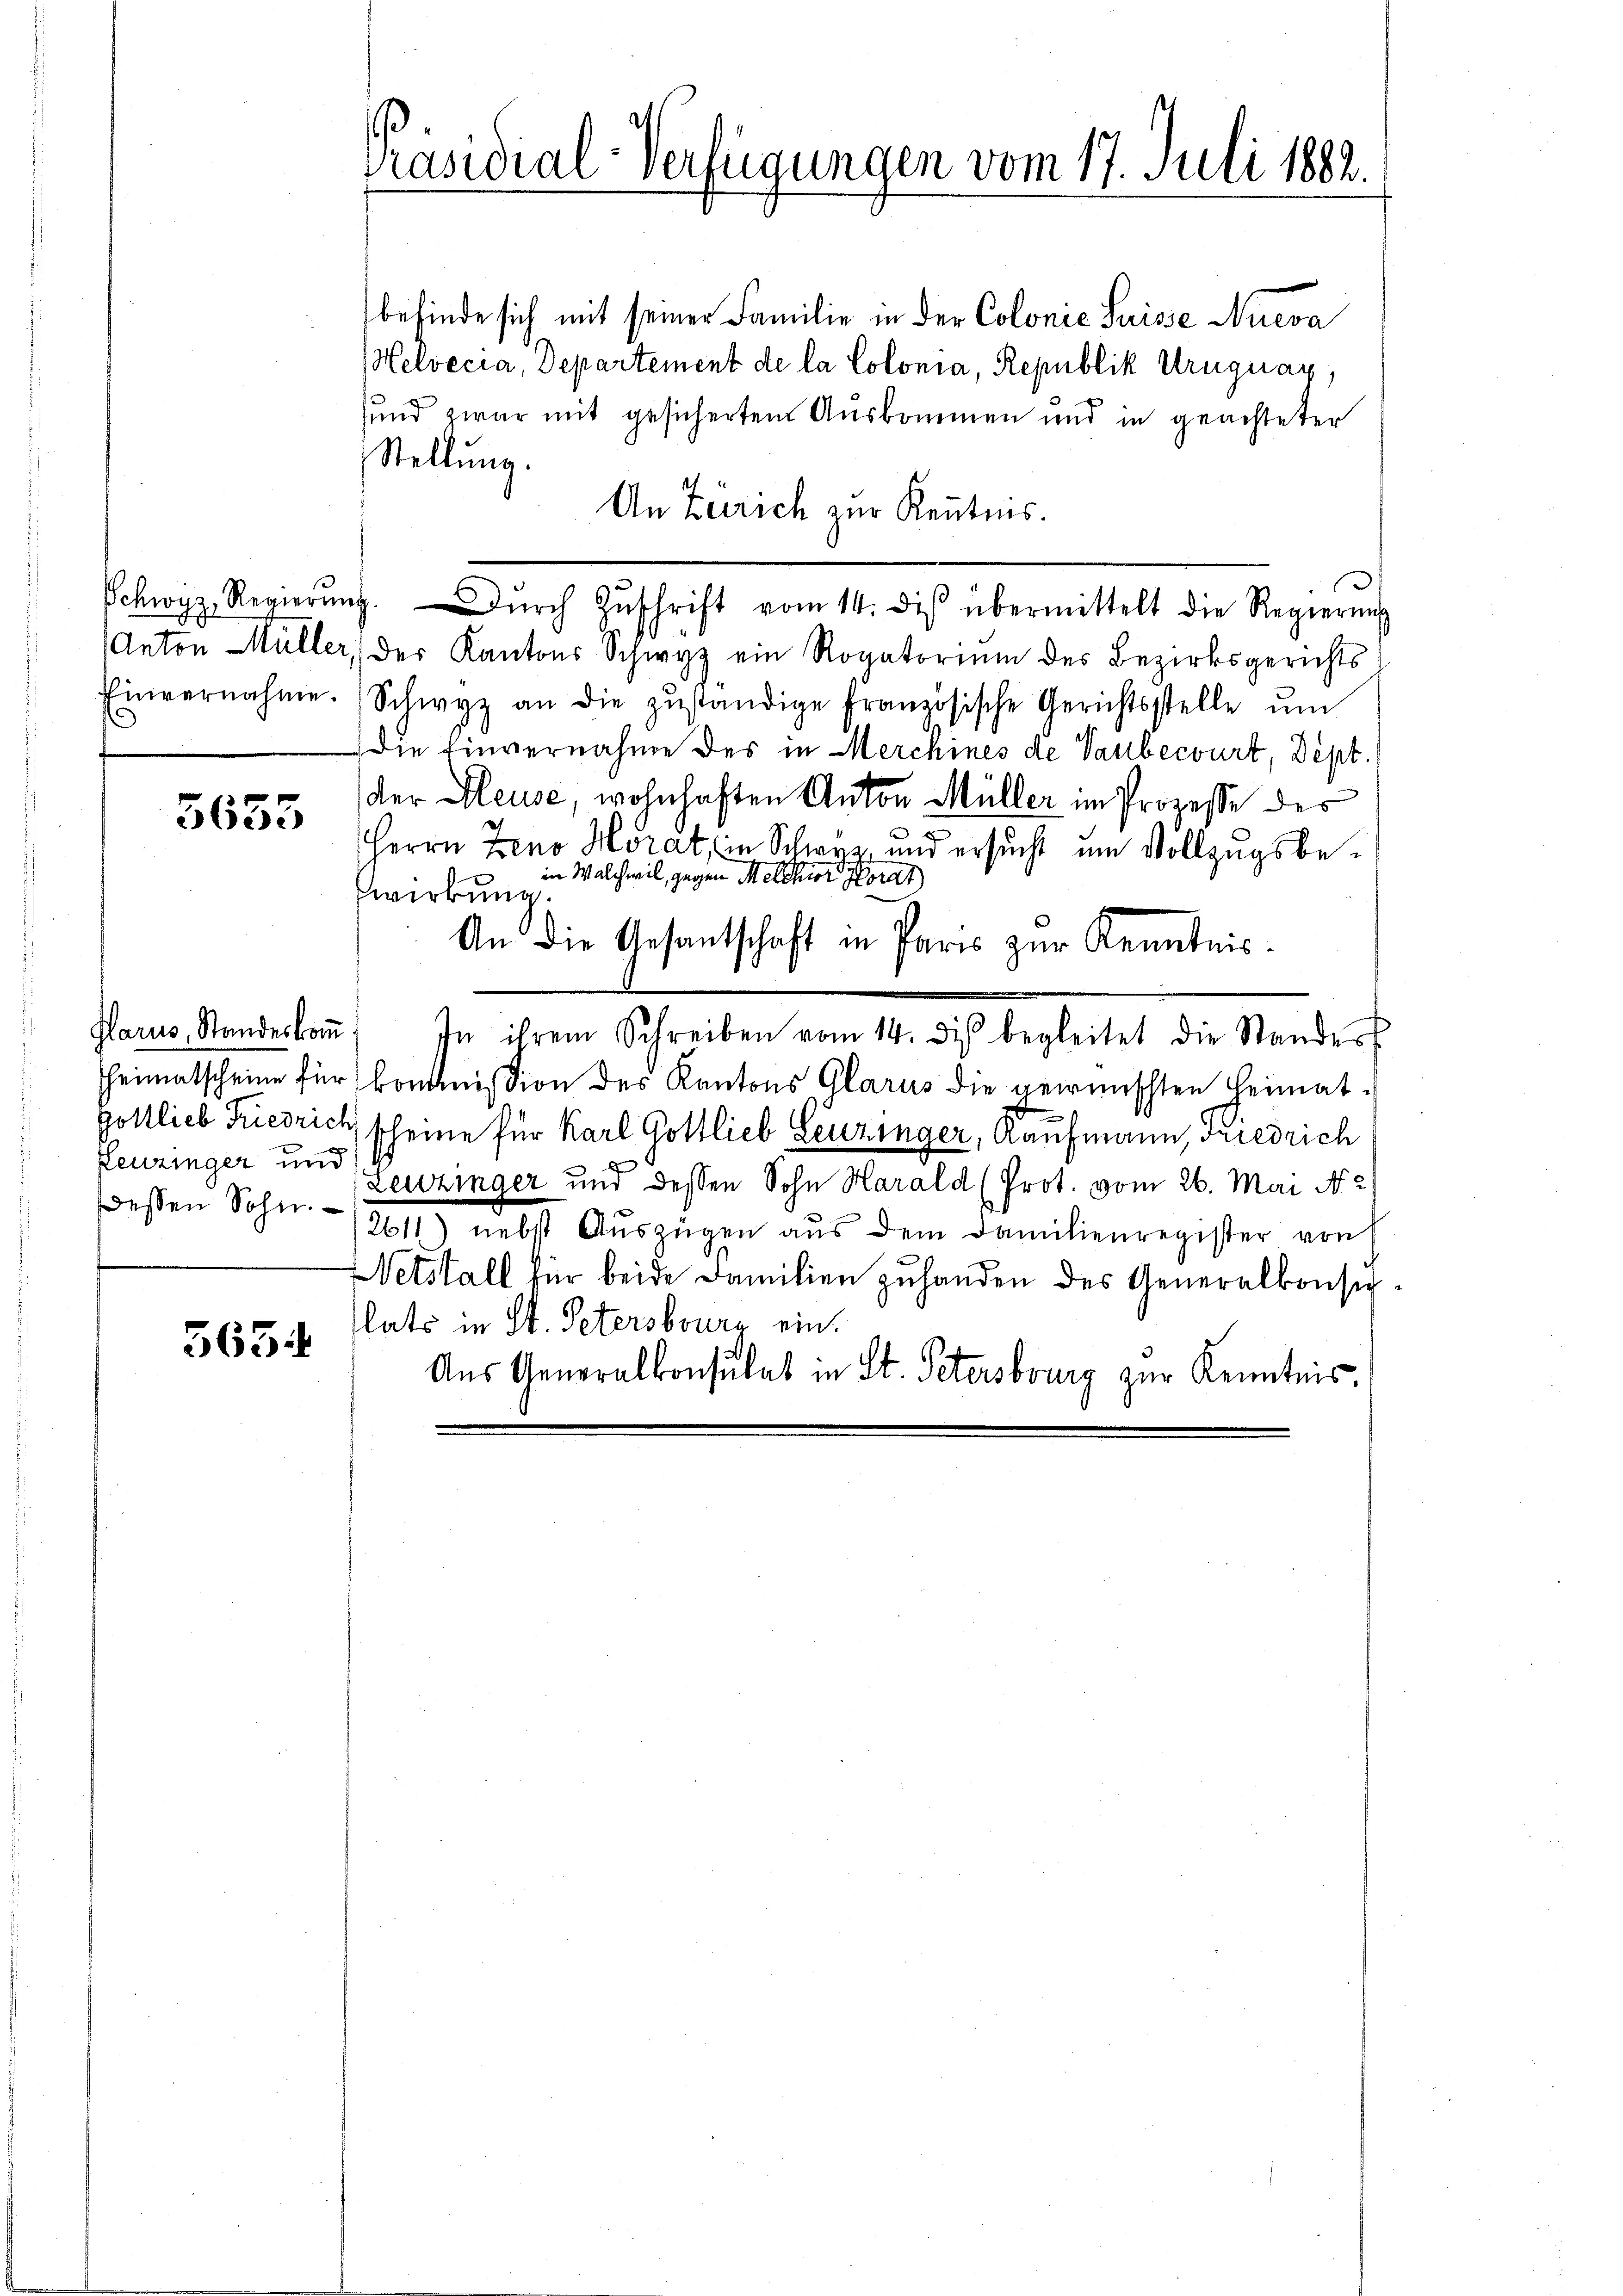
Anton Müller,
Einvernahme.

5655

heimatscheine für
Gottlieb Friedrich
Leuzinger und
dessen Sohn.

563.

Präsidial-Verfügungen vom 17. Juli 1882.

befinde sich mit seiner Familie in der Colonie Suisse Nueva
Helvecia, Departement de la Colonia, Republik Uruguay,
und zwar mit gesichertem Auskommen und in geachteter
Stellung.
An Zürich zur Kenntnis.
Schwyz, Regierŭng. Dŭrch Zŭschrift vom 14. diβ übermittelt die Regierŭng
der Kantons Schwyz ein Rogatorium des Bezirksgerichts
Schwyz an die zŭständige Französische Gerichtsstelle ŭm
Die Einvernahme der in Merchines de Vaubecourt, Dept.
der Heuse, wohnhaften Anton Müller im Prozesse des
Herrn Zeno Horat, in Schwyz und ersucht um Vollzugsbein Walchwil, gegen Melchior Horat
wirkung.
An die Gesantschaft in Paris zur Kenntnis¬
Glarus, Standeskoṁ: In ihrem Schreiben vom 14. di begleitet die Standes
kommission des Kantons Glarus die gewünschten Heimatscheine für Karl Gottlieb Leuzinger, Kaufmann, Friedrich
Leuzinger und dessen Sohn Harald (Prot. vom 26. Mai N. 2
12611) nebst Auszügen aŭs dem Familienregister von
Netstall für beide Familien zuhanden des Generalkonsiplats in St. Petersburg ein.
Aus Generalkonsulat in St. Petersburg zur Kenntnis.